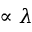
\propto \lambda